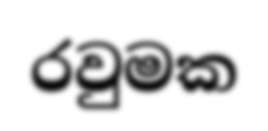
රවුමක